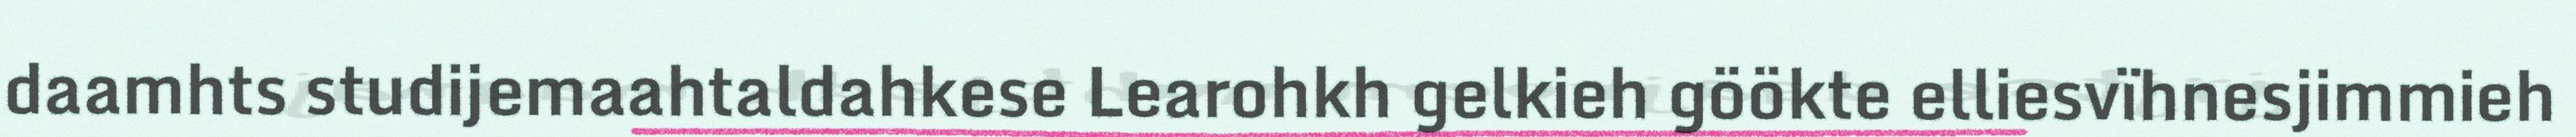
daamhts studijemaahtaldahkese Learohkh gelkieh göökte elliesvïhnesjimmieh